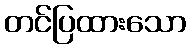
တင်ပြထားသော